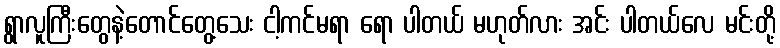
ရွာလူကြီးတွေနဲ့တောင်တွေ့သေး ငါ့ကင်မရာ ရော ပါတယ် မဟုတ်လား အင်း ပါတယ်လေ မင်းတို့